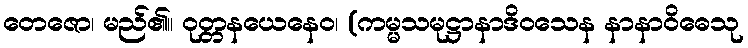
တေဇော၊ မည်၏။ ဝုတ္တနယေနေဝ၊ (ကမ္မသမုဋ္ဌာနာဒိဝသေန နာနာဝိဓေသု